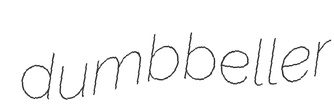
dumbbeller